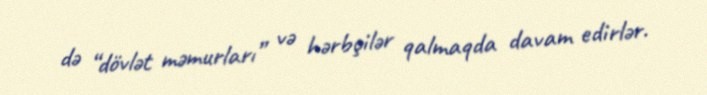
də “dövlət məmurları” və hərbçilər qalmaqda davam edirlər.